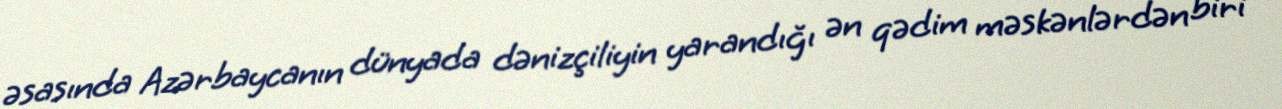
əsasında Azərbaycanın dünyada dənizçiliyin yarandığı ən qədim məskənlərdən biri